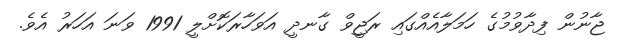
ޖާނުން ފިދާވުމުގެ ހަމަލާއެއްގައި ރަޖީވް ގާނދީ އަވަހާރަކޮށްލީ 1991 ވަނަ އަހަރު އެވެ.